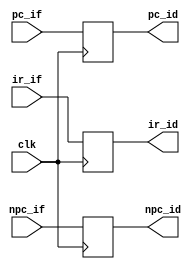
module IF_ID_reg (clk,ir_if,npc_if,pc_if,ir_id,npc_id,pc_id);
	
	input clk;
	input [15:0] ir_if,npc_if,pc_if;
	
	output reg [15:0] ir_id = 16'h0000,npc_id = 16'h0000, pc_id = 16'h0000;
	
	always@(posedge clk)
	begin
		ir_id <= ir_if;
		npc_id <= npc_if;
		pc_id <= pc_if;
	end 
	
endmodule